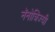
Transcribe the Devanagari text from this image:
नॅनोत्रिज्यी